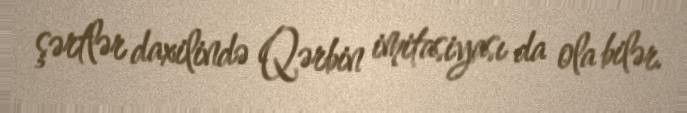
şərtlər daxilində Qərbin imitasiyası da ola bilər.